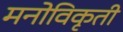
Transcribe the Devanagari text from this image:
मनोविकृती